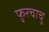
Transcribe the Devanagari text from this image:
फुरचाचु